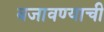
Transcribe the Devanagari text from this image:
बजावण्याची